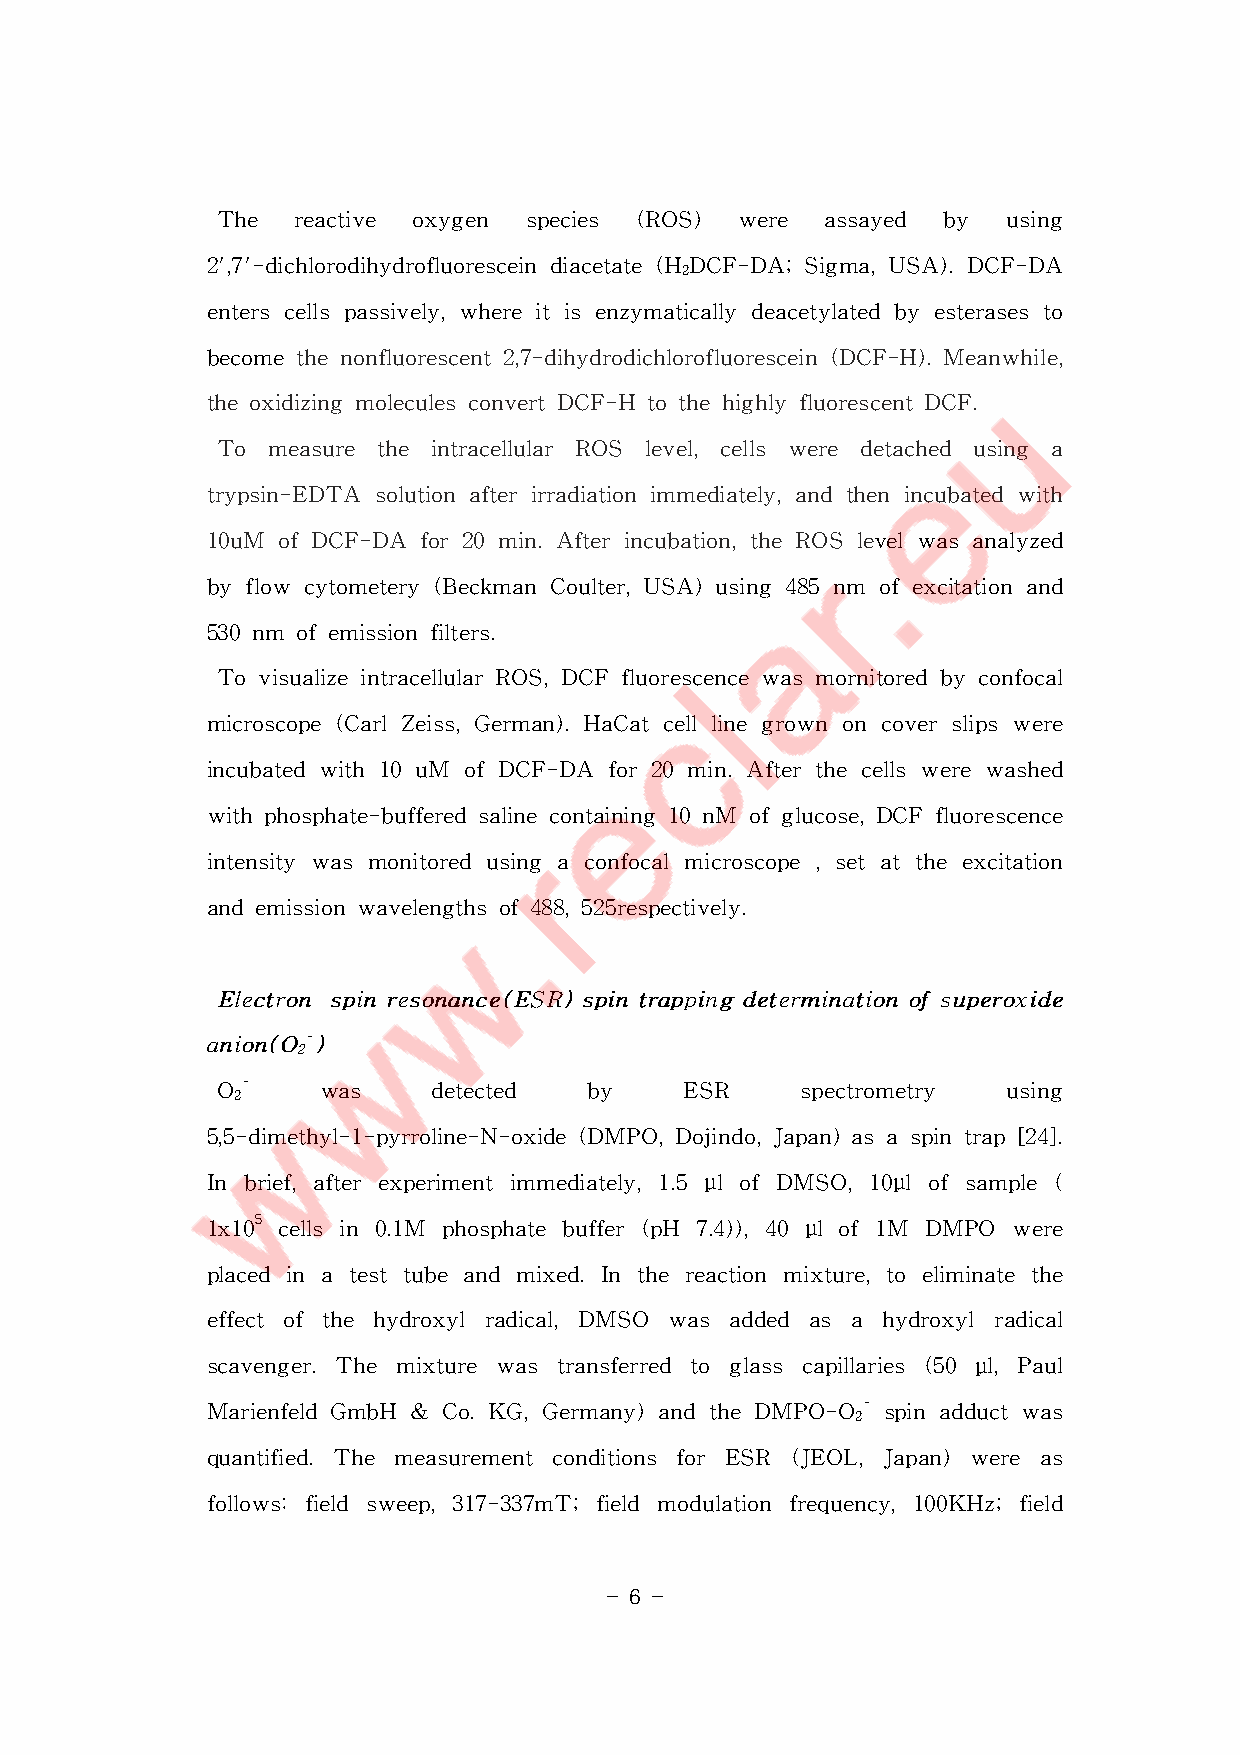
The  reactive oxygen species (ROS) were assayed by  using
 2',7'-dichlorodihydrofluoresceindiacetate(HDCF-DA;Sigma,USA).DCF-DA
 2
 enterscellspassively,whereitisenzymaticallydeacetylatedbyesterasesto
 becomethenonfluorescent2,7-dihydrodichlorofluorescein(DCF-H).Meanwhile,
 theoxidizingmoleculesconvertDCF-H tothehighlyfluorescentDCF.
 To  measure the intracellular ROS level,cells were detached using a
 trypsin-EDTA solutionafterirradiationimmediately,andthenincubatedwith
 10uM ofDCF-DA  for20min.Afterincubation,theROSlevelwasanalyzed
 byflow cytometery(BeckmanCoulter,USA)using485nm ofexcitationand
 530nm ofemissionfilters.
 TovisualizeintracellularROS,DCFfluorescencewasmornitoredbyconfocal
 microscope(CarlZeiss,German).HaCatcelllinegrownoncoverslipswere
 incubatedwith10uM ofDCF-DA for20min.Afterthecellswerewashed
 withphosphate-bufferedsalinecontaining10nM ofglucose,DCFfluorescence
 intensitywasmonitoredusingaconfocalmicroscope,setattheexcitation
 andemissionwavelengthsof488,525respectively.
 EEEllleeeccctttrrrooonnn ssspppiiinnnrrreeesssooonnnaaannnccceee(((EEESSSRRR)))ssspppiiinnntttrrraaappppppiiinnngggdddeeettteeerrrmmmiiinnnaaatttiiiooonnnooofffsssuuupppeeerrroooxxxiiidddeee
 aaannniiiooonnn(((OOO---)))
 222
 O-     was    detected   by    ESR     spectrometry using
 2
 5,5-dimethyl-1-pyrroline-N-oxide(DMPO,Dojindo,Japan)asaspintrap[24].
 In brief,afterexperimentimmediately,1.5 μlofDMSO,10μlofsample(
 1x105 cellsin 0.1M phosphatebuffer(pH 7.4)),40 μlof1M DMPO were
 placedin atesttubeandmixed.Inthereaction mixture,toeliminatethe
 effectofthe hydroxylradical,DMSO was added as a hydroxylradical
 scavenger.The mixture was transferred to glass capillaries (50 μl,Paul
 MarienfeldGmbH & Co.KG,Germany)andtheDMPO-O-spinadductwas
 2
 quantified.The measurementconditions forESR (JEOL,Japan)were as
 follows:field sweep,317-337mT;field modulation frequency,100KHz;field
 - 6 -